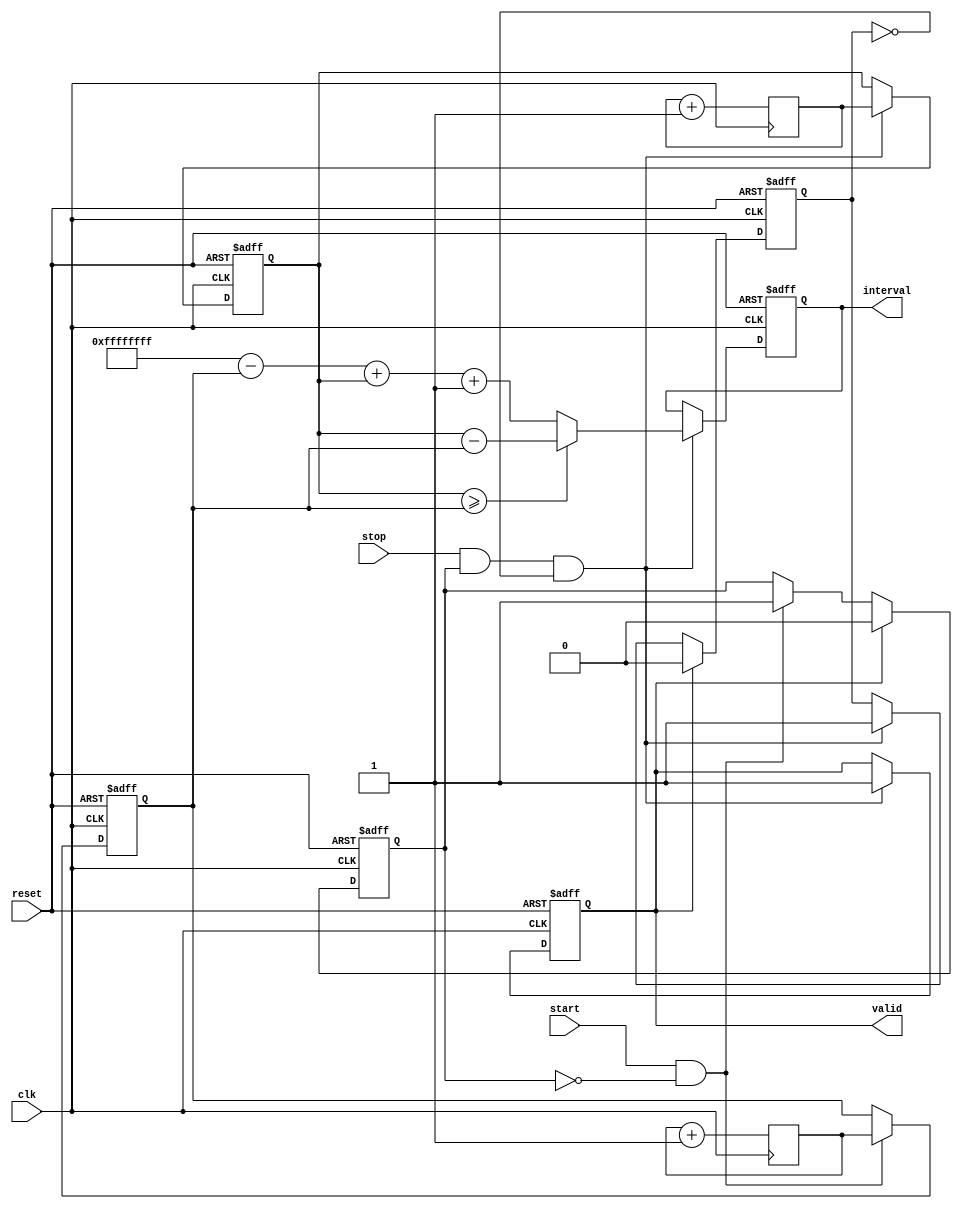
module TDC (
    input wire clk,         // High-frequency clock
    input wire reset,       // Asynchronous reset
    input wire start,       // Start signal
    input wire stop,        // Stop signal
    output reg [31:0] interval, // Time interval output
    output reg valid        // Valid signal to indicate interval is ready
);

// Internal registers
reg [31:0] start_time; // Timestamp for start signal
reg [31:0] stop_time;  // Timestamp for stop signal
reg start_recorded;     // Flag to indicate if start is recorded
reg stop_recorded;      // Flag to indicate if stop is recorded

// Dual-port RAM for storing timestamps
reg [31:0] timestamp_memory [0:1]; // Memory to hold two timestamps (start, stop)

// Process to sample signals and store timestamps
always @(posedge clk or posedge reset) begin
    if (reset) begin
        start_time <= 32'd0;
        stop_time <= 32'd0;
        start_recorded <= 1'b0;
        stop_recorded <= 1'b0;
        valid <= 1'b0;
        interval <= 32'd0;
    end
    else begin
        // Record start time
        if (start && !start_recorded) begin
            start_time <= timestamp_memory[0]; // Store start timestamp
            start_recorded <= 1'b1; // Start recorded flag
        end
        
        // Record stop time
        if (stop && start_recorded && !stop_recorded) begin
            stop_time <= timestamp_memory[1]; // Store stop timestamp
            stop_recorded <= 1'b1; // Stop recorded flag
            
            // Calculate interval
            if (stop_time >= start_time) begin
                interval <= stop_time - start_time; // Calculate time interval
                valid <= 1'b1; // Set valid signal
            end
            else begin
                // Handle rollover condition
                interval <= (32'hFFFFFFFF - start_time) + stop_time + 1; // Calculate wrapped interval
                valid <= 1'b1; // Set valid signal
            end
        end

        // Reset flags if both events have been recorded
        if (valid) begin
            start_recorded <= 1'b0;
            stop_recorded <= 1'b0;
        end
    end
end

// Simulated timestamp generation logic for dual-port RAM
always @(posedge clk) begin
    timestamp_memory[0] <= timestamp_memory[0] + 1; // Increment for simulation
    timestamp_memory[1] <= timestamp_memory[1] + 1; // Increment for simulation
end

endmodule